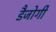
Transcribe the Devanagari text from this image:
डैजोगी